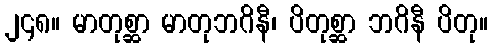
၂၄၈။ မာတုစ္ဆာ မာတုဘဂိနီ၊ ပိတုစ္ဆာ ဘဂိနီ ပိတု။